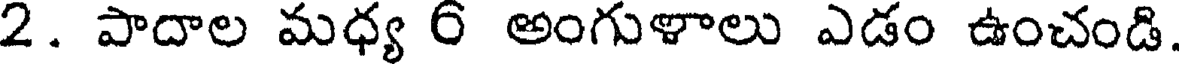
2. పాదాల మధ్య 6 అంగుళాలు ఎడం ఉంచండి